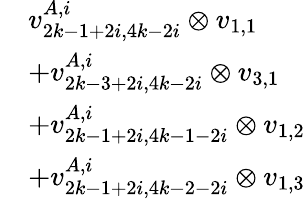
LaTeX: \begin{array}{rl}&{v_{2k-1+2i,4k-2i}^{A,i}\otimes v_{1,1}}\\ &{+v_{2k-3+2i,4k-2i}^{A,i}\otimes v_{3,1}}\\ &{+v_{2k-1+2i,4k-1-2i}^{A,i}\otimes v_{1,2}}\\ &{+v_{2k-1+2i,4k-2-2i}^{A,i}\otimes v_{1,3}}\end{array}